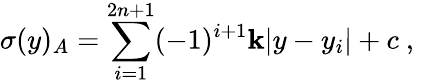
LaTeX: \sigma(y)_{A}=\sum_{i=1}^{2n+1}(-1)^{i+1}\mathbf{k}|y-y_{i}|+c~,~\,